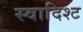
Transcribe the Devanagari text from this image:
स्वादिश्ट